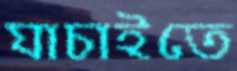
যাচাইতে